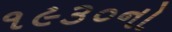
૧૯૩૦નો